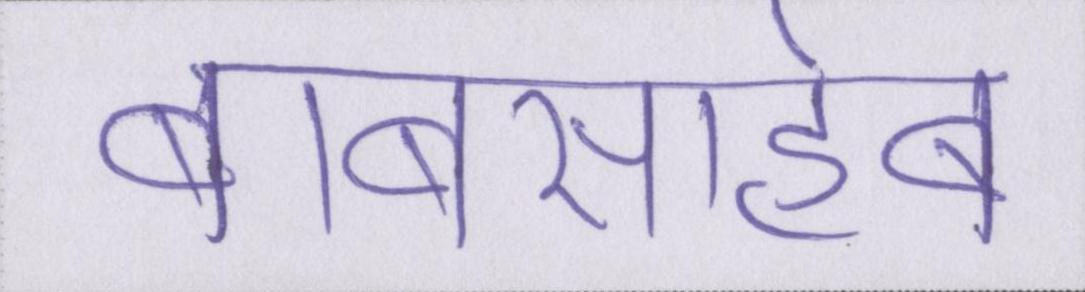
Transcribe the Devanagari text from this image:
बाबासाहेब